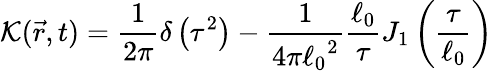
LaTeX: \mathcal{K}(\vec{{r}},t)=\frac{{1}}{{2\pi}}\delta\left(\tau^{2}\right)-\frac{{1}}{{4\pi{\ell_{0}}^{2}}}\frac{{\ell_{0}}}{{\tau}}J_{1}\left(\frac{{\tau}}{{\ell_{0}}}\right)